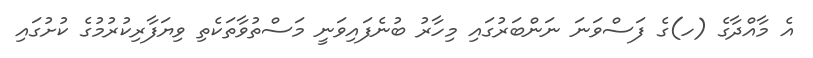
އެ މާއްދާގެ (ހ)ގެ ފަސްވަނަ ނަންބަރުގައި މިހާރު ބުނެފައިވަނީ މަސްތުވާތަކެތި ވިޔަފާރިކުރުމުގެ ކުށުގައި